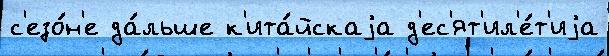
с'езо́н'е да́льше к'ита́йскаjа д'ес'ят'ил'е́т'иjа